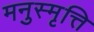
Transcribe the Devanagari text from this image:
मनुस्मृत्ति